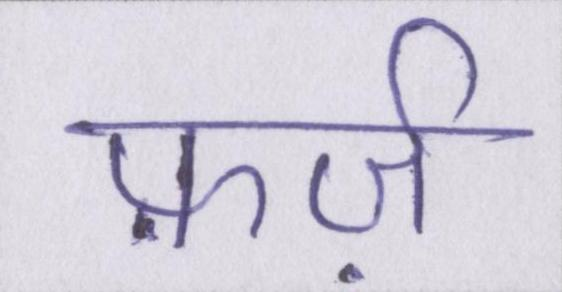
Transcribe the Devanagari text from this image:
फ़र्ज़